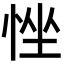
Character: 𢚂